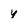
Character: Y